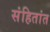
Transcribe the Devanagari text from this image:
संहितांत